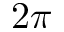
2 \pi